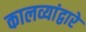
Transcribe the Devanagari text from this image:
कालव्यांद्वारे